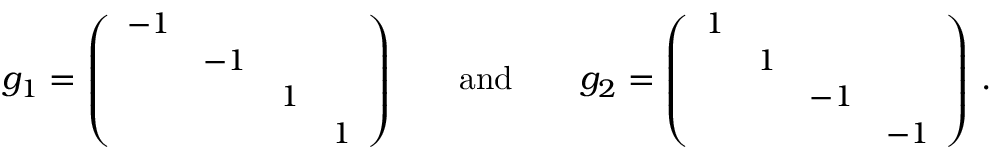
\begin{array} { r } { g _ { 1 } = { \small \left( \begin{array} { l l l l } { - 1 } & & & \\ & { - 1 } & & \\ & & { 1 } & \\ & & & { 1 } \end{array} \right) } \normalsize \qquad \mathrm { a n d } \qquad g _ { 2 } = { \small \left( \begin{array} { l l l l } { 1 } & & & \\ & { 1 } & & \\ & & { - 1 } & \\ & & & { - 1 } \end{array} \right) } \normalsize \ . } \end{array}